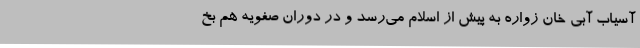
آسیاب آبی خان زواره به پیش از اسلام می‌رسد و در دوران صفویه هم بخ